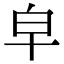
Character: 皁